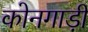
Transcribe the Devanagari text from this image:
कोनगाड़ी